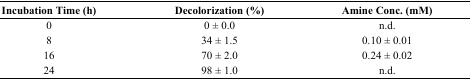
| Incubation Time (h) | Decolorization (%) | Amine Conc. (mM) |
 | --- | --- | --- |
 | 0 | 0 ± 0.0 | n.d. |
 | 8 | 34 ± 1.5 | 0.10 ± 0.01 |
 | 16 | 70 ± 2.0 | 0.24 ± 0.02 |
 | 24 | 98 ± 1.0 | n.d. |